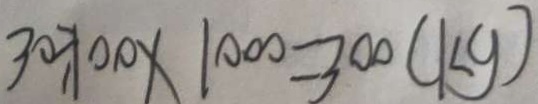
3 0 \div 1 0 0 \times 1 0 0 0 = 3 0 0 ( k g )